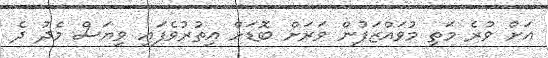
އަށް ވުރެ މަތި މުވައްޒަފުން ވަރަށް ބޮޑަށް އިތުރުވެފައި ވިޔަސް މެދު ދެ